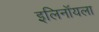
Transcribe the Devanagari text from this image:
इलिनॉयला